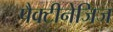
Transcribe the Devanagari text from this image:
पैक्टीनेजिज